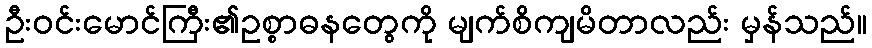
ဦးဝင်းမောင်ကြီး၏ဥစ္စာဓနတွေကို မျက်စိကျမိတာလည်း မှန်သည်။